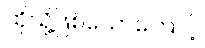
ထိုသို့ဖြစ်သောကြောင့်